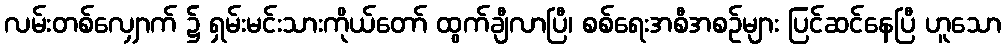
လမ်းတစ်လျှောက် ၌ ရှမ်းမင်းသားကိုယ်တော် ထွက်ချီလာပြီ၊ စစ်ရေးအစီအစဉ်များ ပြင်ဆင်နေပြီ ဟူသော